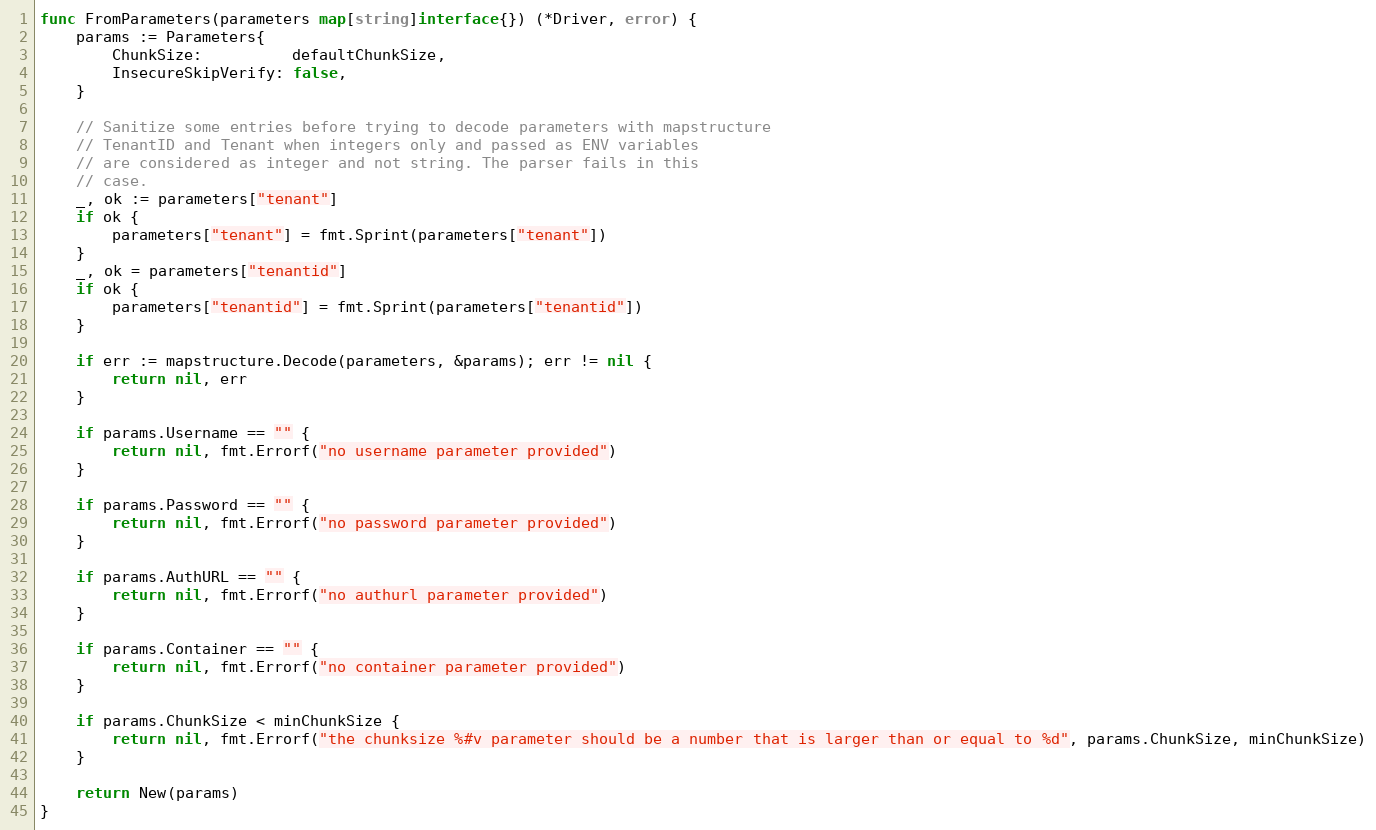
Language: Go
func FromParameters(parameters map[string]interface{}) (*Driver, error) {
	params := Parameters{
		ChunkSize:          defaultChunkSize,
		InsecureSkipVerify: false,
	}

	// Sanitize some entries before trying to decode parameters with mapstructure
	// TenantID and Tenant when integers only and passed as ENV variables
	// are considered as integer and not string. The parser fails in this
	// case.
	_, ok := parameters["tenant"]
	if ok {
		parameters["tenant"] = fmt.Sprint(parameters["tenant"])
	}
	_, ok = parameters["tenantid"]
	if ok {
		parameters["tenantid"] = fmt.Sprint(parameters["tenantid"])
	}

	if err := mapstructure.Decode(parameters, &params); err != nil {
		return nil, err
	}

	if params.Username == "" {
		return nil, fmt.Errorf("no username parameter provided")
	}

	if params.Password == "" {
		return nil, fmt.Errorf("no password parameter provided")
	}

	if params.AuthURL == "" {
		return nil, fmt.Errorf("no authurl parameter provided")
	}

	if params.Container == "" {
		return nil, fmt.Errorf("no container parameter provided")
	}

	if params.ChunkSize < minChunkSize {
		return nil, fmt.Errorf("the chunksize %#v parameter should be a number that is larger than or equal to %d", params.ChunkSize, minChunkSize)
	}

	return New(params)
}